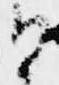
ひ